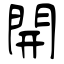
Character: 開